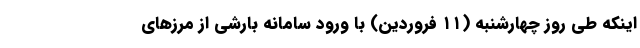
اینکه طی روز چهارشنبه (۱۱ فروردین) با ورود سامانه بارشی از مرزهای